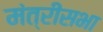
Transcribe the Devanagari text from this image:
मंत्रीसभा